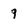
Character: 9